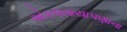
એકલવાયાપણાના